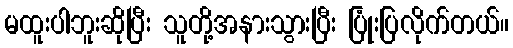
မထူးပါဘူးဆိုပြီး သူတို့အနားသွားပြီး ပြုံးပြလိုက်တယ်။